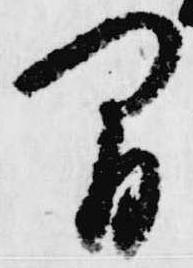
間